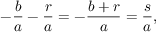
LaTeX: - { \frac { b } { a } } - { \frac { r } { a } } = - { \frac { b + r } { a } } = { \frac { s } { a } } ,